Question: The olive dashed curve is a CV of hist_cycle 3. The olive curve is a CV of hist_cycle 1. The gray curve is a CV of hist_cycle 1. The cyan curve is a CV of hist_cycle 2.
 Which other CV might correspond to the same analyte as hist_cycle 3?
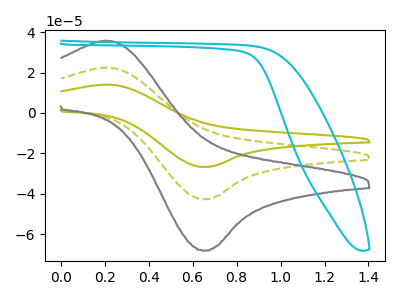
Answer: <think>The olive dashed curve "hist_cycle 3" has an anodic peak at (0.20V, 22.40uA) and a cathodic peak at (0.65V, -42.75uA). The olive curve "hist_cycle 1" has an anodic peak at (0.20V, 44.80uA) and a cathodic peak at (0.65V, -85.45uA). The gray curve "hist_cycle 1" has an anodic peak at (0.20V, 35.75uA) and a cathodic peak at (0.65V, -68.25uA). The cyan curve "hist_cycle 2" has no peaks.
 All the peaks in "hist_cycle 3" have a peak in "hist_cycle 1" at the same potential. Every peak in "hist_cycle 3" is lower than every peak in "hist_cycle 1". All the peaks in "hist_cycle 3" have a peak in "hist_cycle 1" at the same potential. Every peak in "hist_cycle 3" is lower than every peak in "hist_cycle 1". "hist_cycle 3" and "hist_cycle 2" have a different number of peaks. All the peaks in "hist_cycle 1" have a peak in "hist_cycle 1" at the same potential. Every peak in "hist_cycle 1" is higher than every peak in "hist_cycle 1". "hist_cycle 1" and "hist_cycle 2" have a different number of peaks. "hist_cycle 1" and "hist_cycle 2" have a different number of peaks.</think>
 <answer>"hist_cycle 3" and "hist_cycle 1" have a similar shape to "hist_cycle 1".</answer>
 <eval>"hist_cycle 3" "hist_cycle 1"</eval>